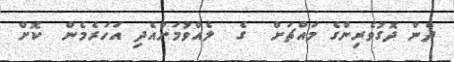
ދެން ދޮގުވެރިންގެ މައްޗަށް  ގެ  ލެއްވުމަށްއެދި އަހަރެމެން  ކޮށް